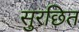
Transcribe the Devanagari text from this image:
सुरछित